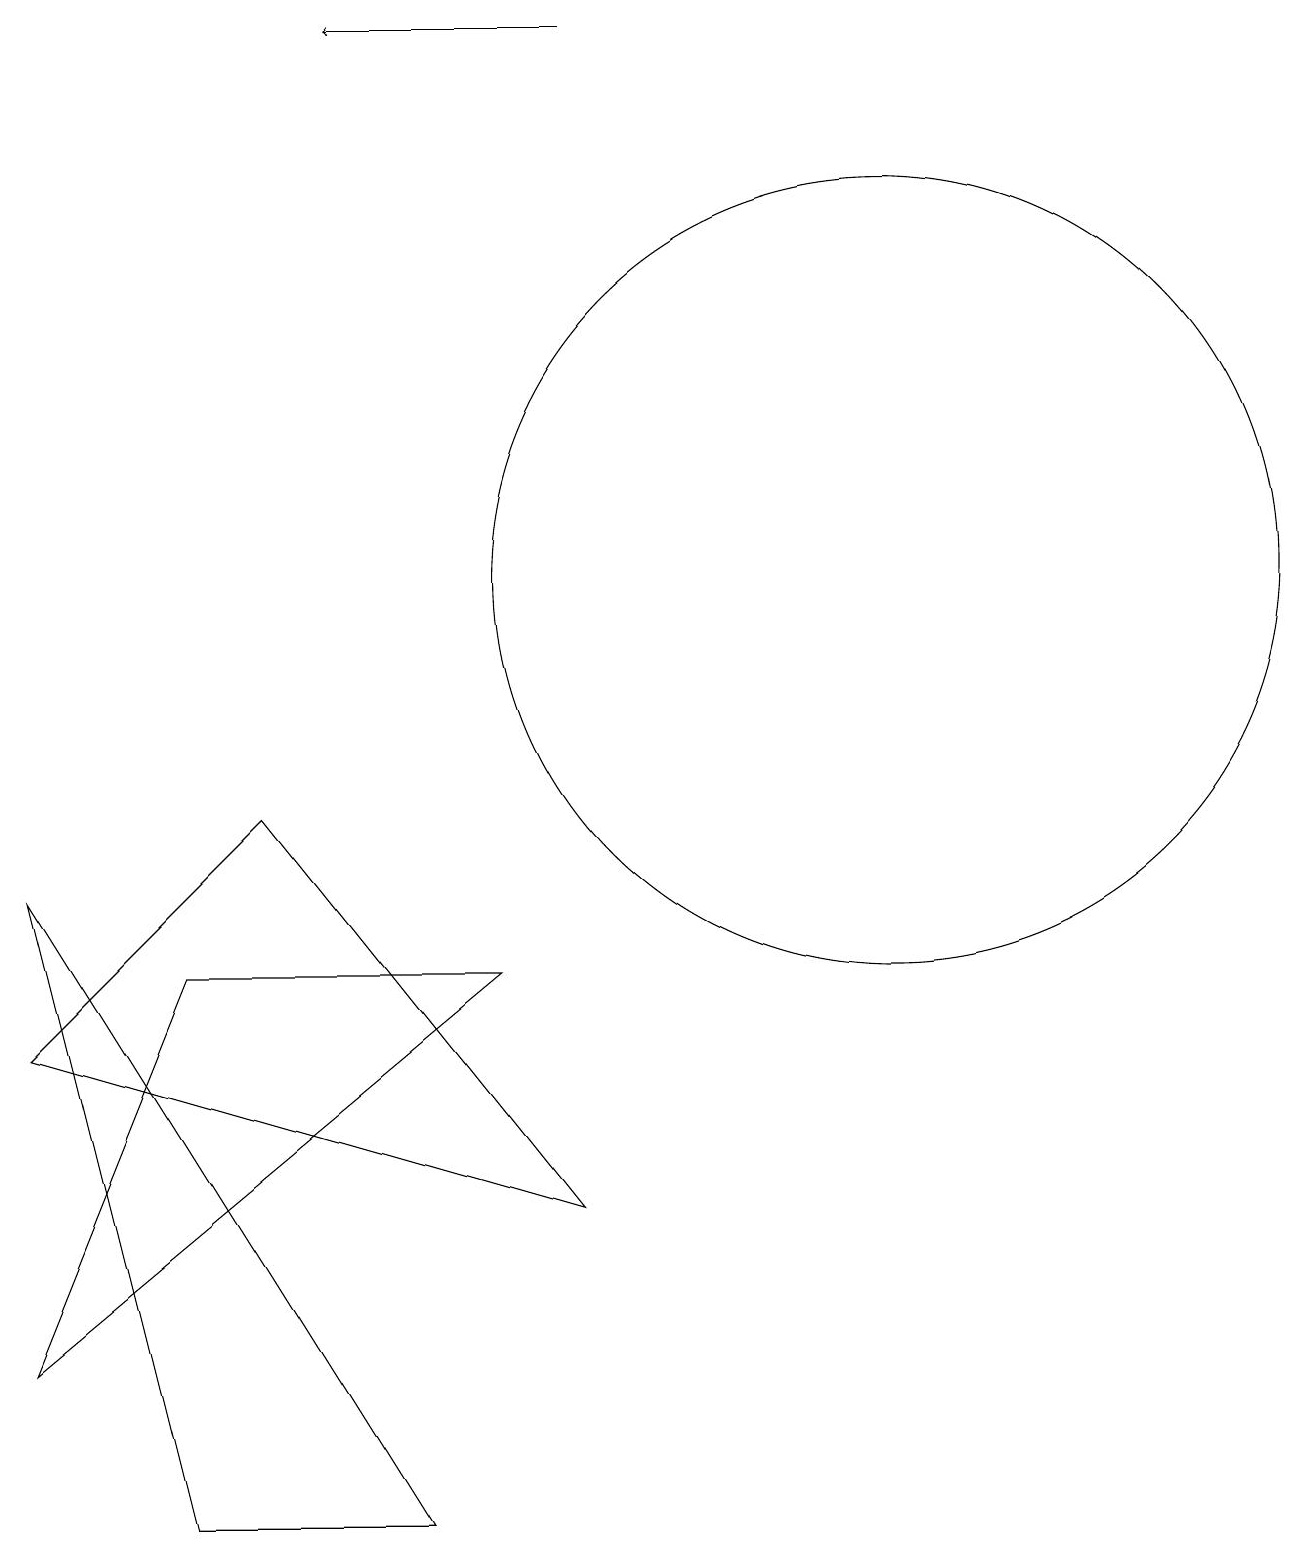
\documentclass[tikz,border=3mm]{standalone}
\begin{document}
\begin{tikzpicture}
\draw (12,12) circle (5);
\draw (1,8) -- (6,0) -- (3,0) -- cycle;
\draw[->] (8,19) -- (5,19);
\draw (7,7) -- (1,2) -- (3,7) -- cycle;
\draw (8,4) -- (1,6) -- (4,9) -- cycle;
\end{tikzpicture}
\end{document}